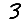
Digit: 3